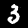
Digit: 3